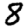
Digit: 8